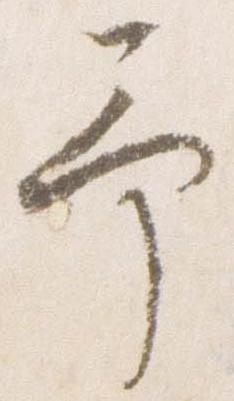
予